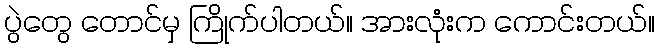
ပွဲတွေ တောင်မှ ကြိုက်ပါတယ်။ အားလုံးက ကောင်းတယ်။